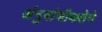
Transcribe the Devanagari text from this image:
अंनुवांशीकतेने